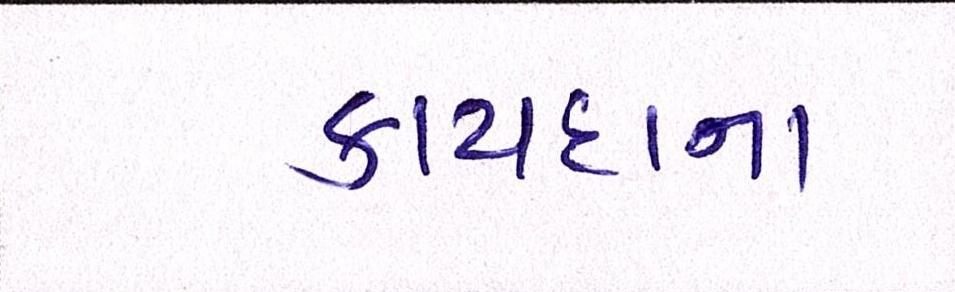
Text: કાયદાના